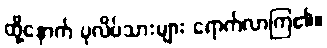
ထို့နောက် ပုလိပ်သားများ ရောက်လာကြ၏။